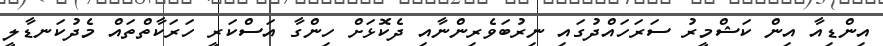
އިންޑިއާ އިން ކަޝްމީރު ސަރަހައްދުގައި ނިރުބަވެރިންނާއި ދެކޮޅަށް ހިންގާ އަސްކަރީ ހަރަކާތްތައް މެދުކަނޑާލީ